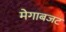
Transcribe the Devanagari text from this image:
मेगाबजट